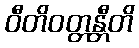
ဝီတိဝတ္တန္တီတိ